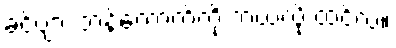
ခင်ဗျား ဘန်ကောက်ကို ဘယ်လို ထင်လဲ။